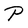
Character: P